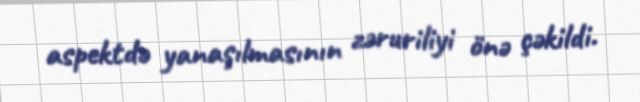
aspektdə yanaşılmasının zəruriliyi önə çəkildi.